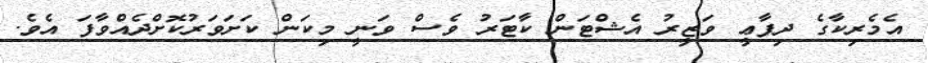
އެމެރިކާގެ ދިފާޢީ ވަޒީރު އެޝްޓަން ކާޓަރު ވެސް ވަނީ މިކަން ކަށަވަރުކޮށްދެއްވާފަ އެވެ.